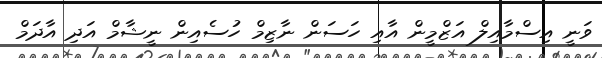
ވަނީ އިސްމާއިލް އަޒްމީން އާއި ހަސަން ނާޒިމް ހުސެއިން ނީޝާމް އަދި އާދަމް